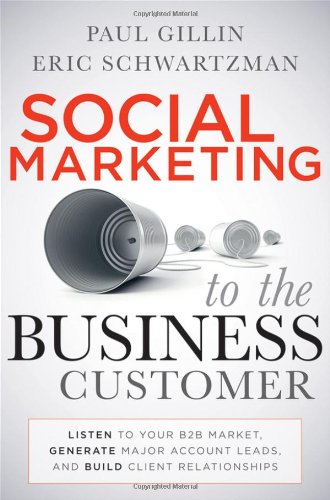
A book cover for Social Marketing to the Business Customer: Listen to Your B2B Market, Generate Major Account Leads, and Build Client Relationships; Paul Gillin; Computers & Technology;